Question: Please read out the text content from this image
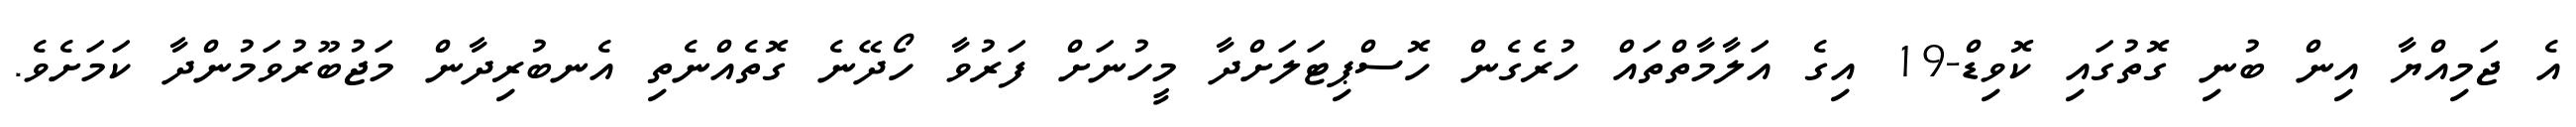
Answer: އެ ޖަމިއްޔާ އިން ބުނި ގޮތުގައި ކޮވިޑް-19 އިގެ އަލާމާތްތައް ހުރެގެން ހޮސްޕިޓަލަށްދާ މީހުނަށް ފަރުވާ ހޯދޭނެ ގޮތެއްނެތި އެނބުރިދާން މަޖުބޫރުވަމުންދާ ކަމަށެވެ.